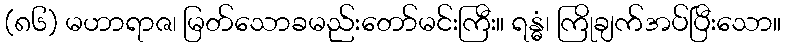
(၈၆) မဟာရာဇ၊ မြတ်သောခမည်းတော်မင်းကြီး။ ရန္ဓံ၊ ကြိုချက်အပ်ပြီးသော။